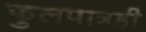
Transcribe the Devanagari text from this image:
फुलपात्रही